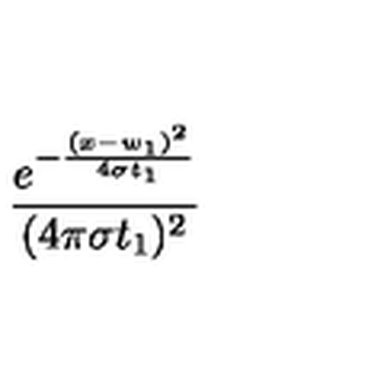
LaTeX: \frac { e ^ { - \frac { ( x - w _ { 1 } ) ^ { 2 } } { 4 \sigma t _ { 1 } } } } { ( 4 \pi \sigma t _ { 1 } ) ^ { 2 } }